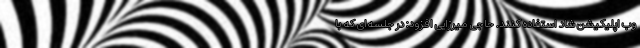
وب اپلیکیشن شاد استفاده کنند. حاجی میرزایی افزود: در جلسه‌ای که با